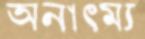
অনাত্ম্য